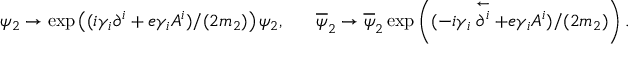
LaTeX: \psi _ { 2 } \rightarrow \exp \left( ( i \gamma _ { i } \partial ^ { i } + e \gamma _ { i } A ^ { i } ) / ( 2 m _ { 2 } ) \right) \psi _ { 2 } , \ \ \ \ \ \overline { { \psi } } _ { 2 } \rightarrow \overline { { \psi } } _ { 2 } \exp \left( ( - i \gamma _ { i } \stackrel { \leftarrow } { \partial ^ { i } } + e \gamma _ { i } A ^ { i } ) / ( 2 m _ { 2 } ) \right) .